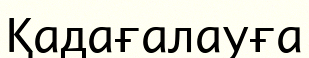
Қадағалауға